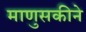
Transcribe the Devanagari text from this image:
माणुसकीने